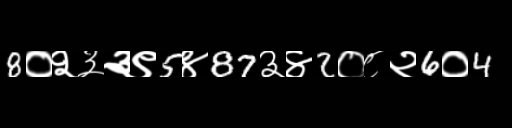
Text: 8०२३३९5४87३४2०८२6०4